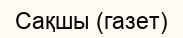
Сақшы (газет)